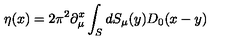
\eta ( x ) = 2 \pi ^ { 2 } \partial _ { \mu } ^ { x } \int _ { S } ^ { } d S _ { \mu } ( y ) D _ { 0 } ( x - y )